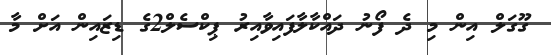
ގޫގަލް އިން މި ދެ ފޯނު ދައްކާލާފައިވާއިރު ޕިކްސެލް2ގެ ޑިޒައިން އަށް މާ